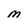
Character: M